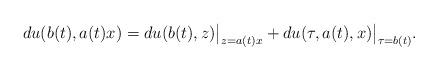
LaTeX: \begin{align*} du(b(t),a(t)x) = du(b(t),z)\big |_{z=a(t)x} + du(\tau,a(t),x) \big |_{\tau = b(t)}.\end{align*}